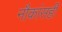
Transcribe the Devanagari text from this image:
नौकांसही